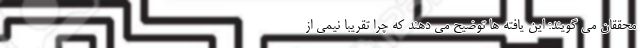
محققان می گویند: این یافته ها توضیح می دهند که چرا تقریبا نیمی از